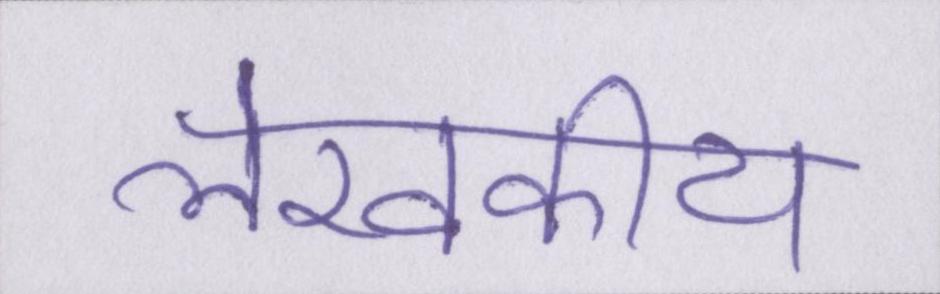
लेखकीय